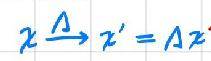
$x\xrightarrow{\Delta}x' = \Lambda x$